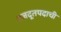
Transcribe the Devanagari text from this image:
राजदूतपदाची